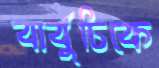
বার্বুচিকে